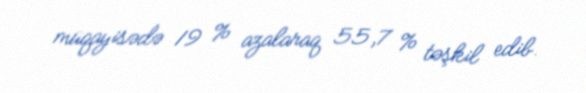
müqayisədə 19 % azalaraq 55,7 % təşkil edib.